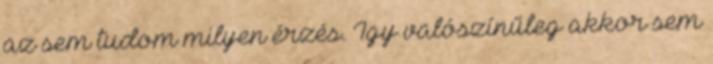
az sem tudom milyen érzés. Így valószínűleg akkor sem